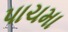
પાચમા